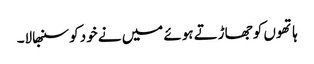
ہاتھوں کو جھاڑتے ہوئے میں نے خود کو سنبھالا۔